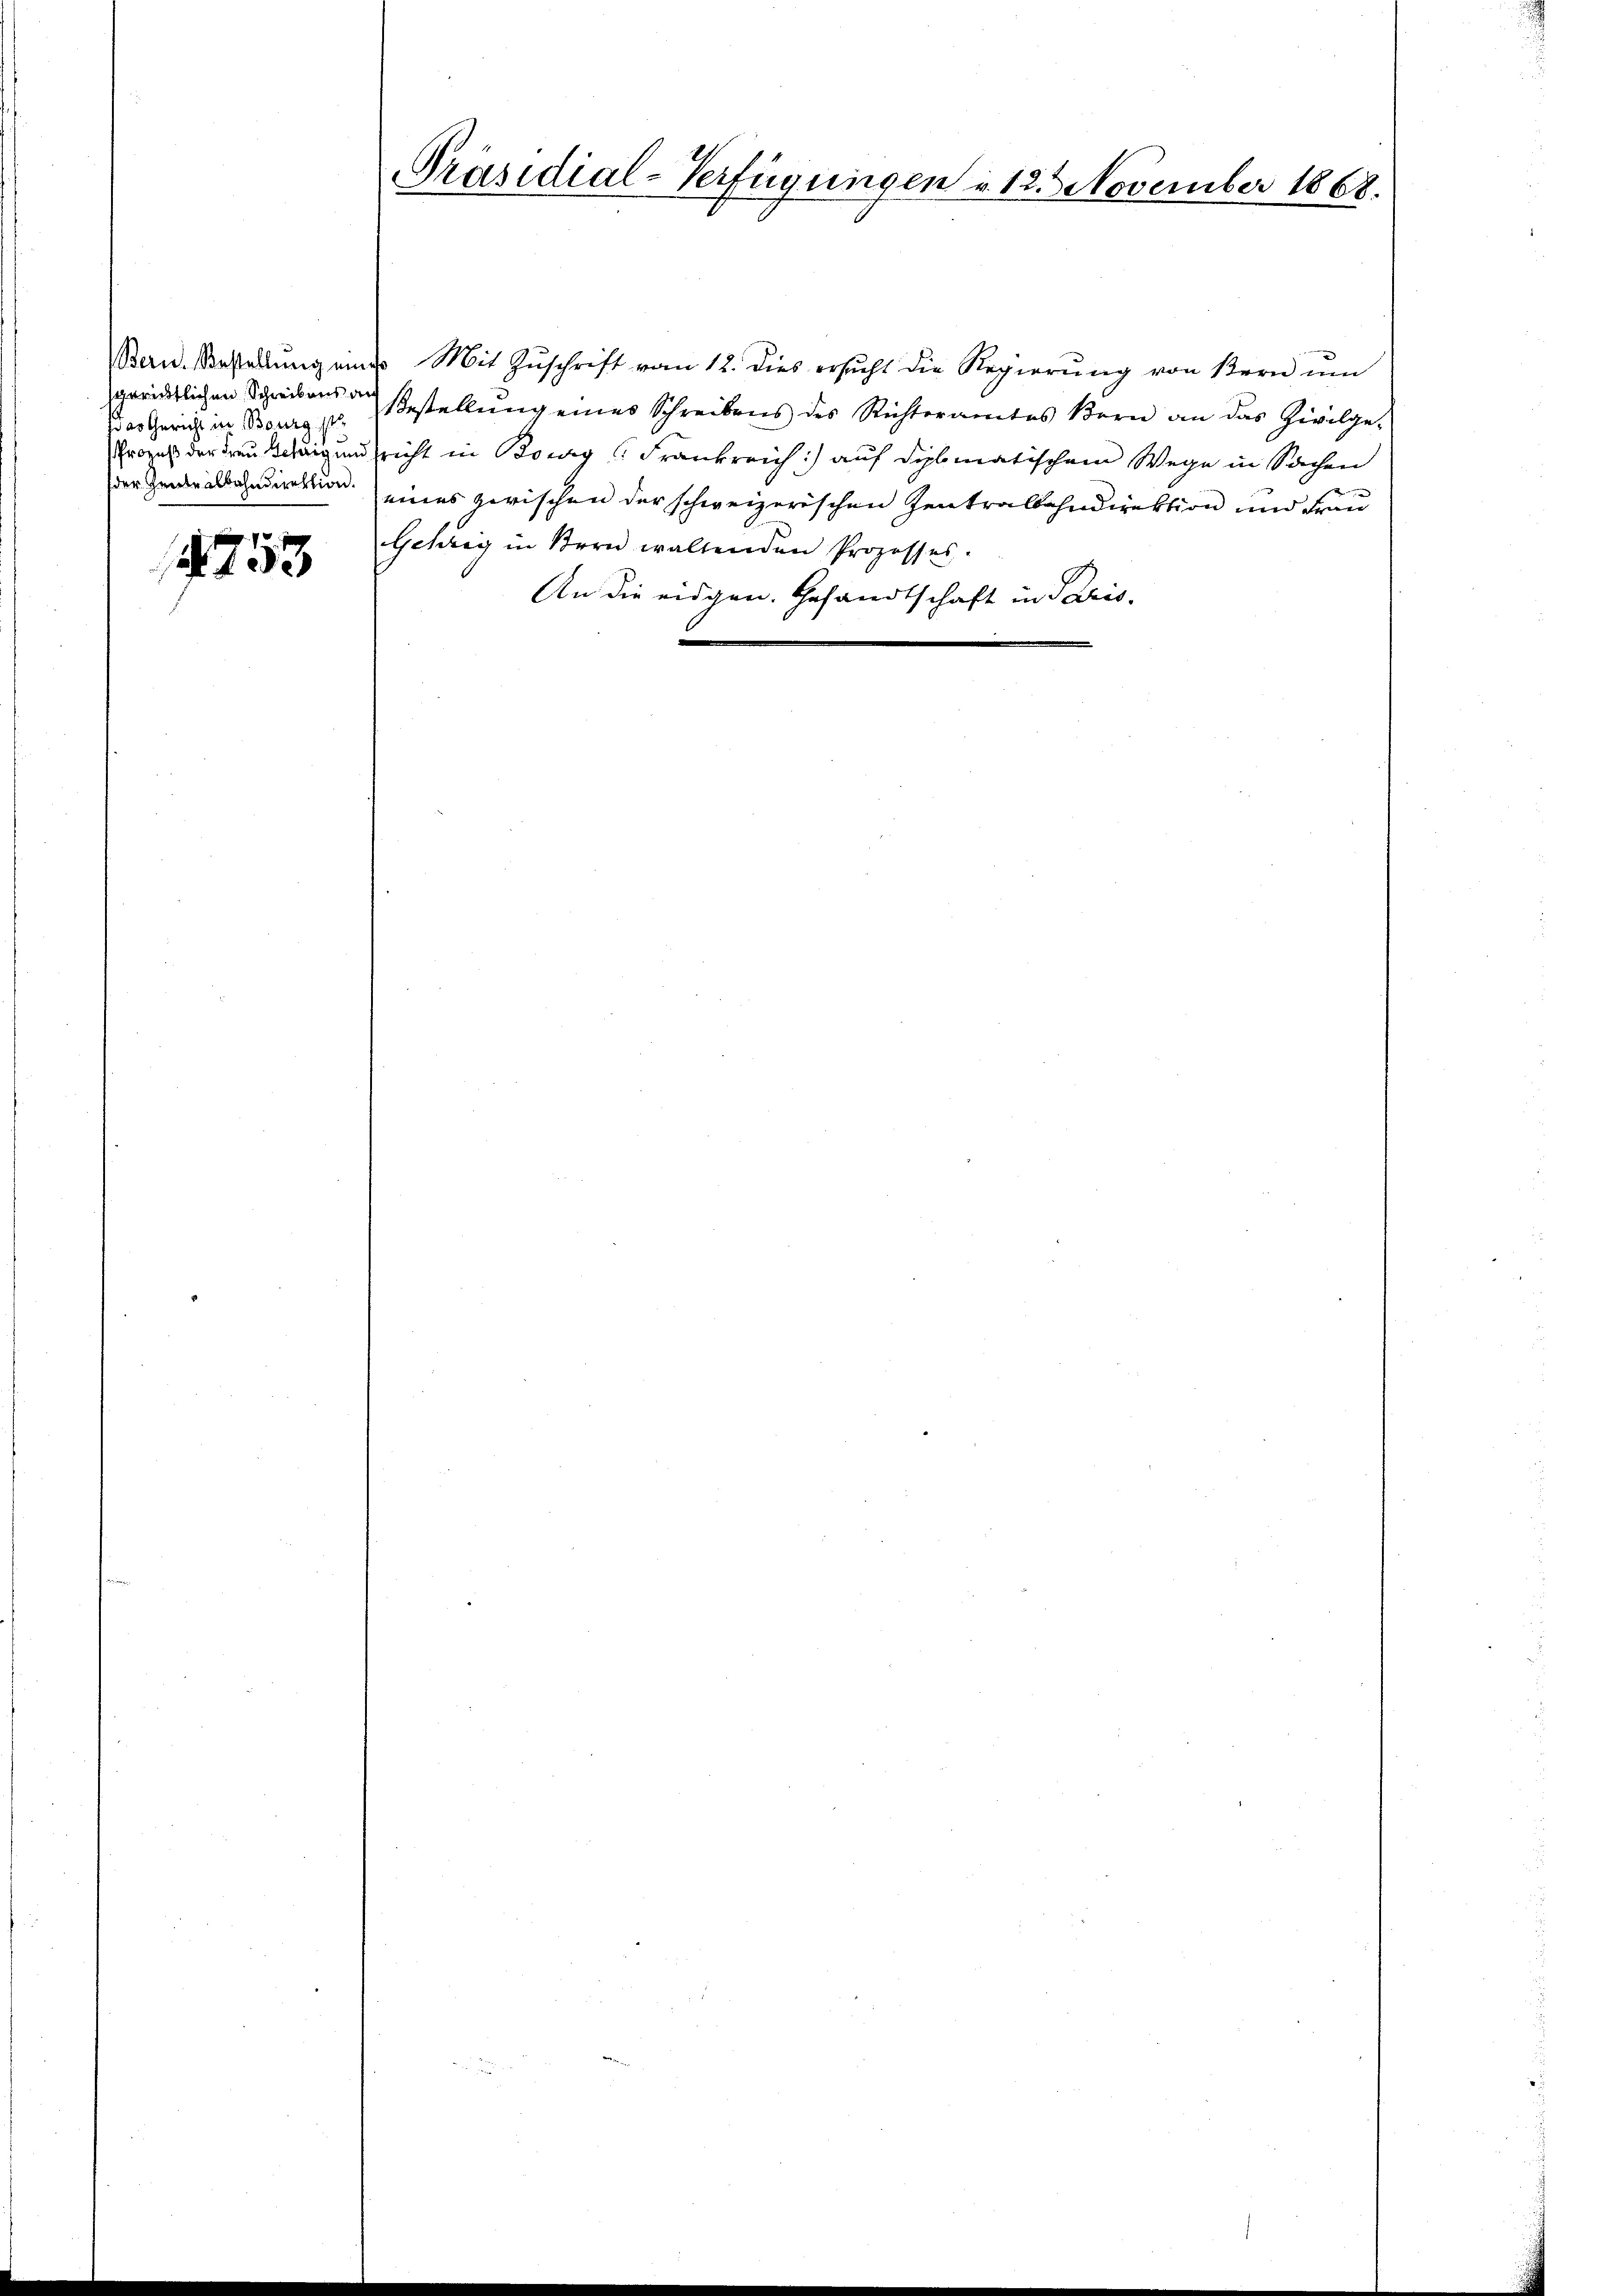
das Gericht in Bourg ist
der Gente albahndirektion.

4753

Präsidial-Verfügungen u. 12. November 1868.

Stern. Bestellŭng eines Mit Zŭschrift vom 12. dies ersŭcht die Regierŭng von Kern ŭm
gerichtlichen Schreibens an Bestellŭng eines Schreibens des Richteramtes Bern an das Zivilge-
Prozess der Freudig und richt in Borg Frankreich) auf diplomatischem Wege in Sachen
e
eines zwischen der schweizerischen Zentralbahndirektion und Frau
Gehrig in Bern waltenden Prozesses.
An die eidgen. Gesandtschaft in Paris.